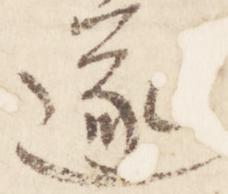
遂